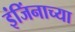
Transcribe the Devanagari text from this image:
इंजिंनाच्या